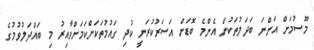
މޫސުމަށް އަންނަ ބަދަލުތަކުން އެންމެ ބޮޑަށް އަސަރުކުރަނީ ކުދި ގައުމުތަކަށްކަމަށްވާއިރު މި ބައްދަލުވުމުގެ